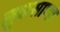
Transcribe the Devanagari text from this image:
लुकसाणा